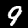
Digit: 9